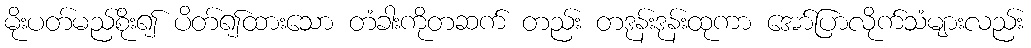
မိုးပတ်မည်စိုး၍ ပိတ်၍ထားသော တံခါးကိုတဆက် တည်း တဒုန်းဒုန်းထုကာ အော်ပြာလိုက်သံများလည်း